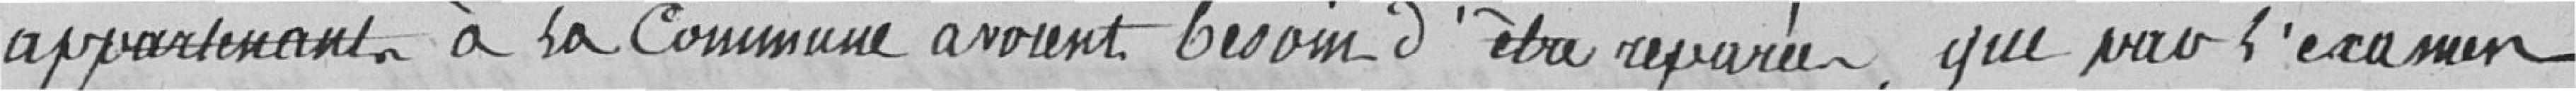
appartenant à la commune avait besoin d'être réparée que par l'examen